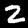
Digit: 2